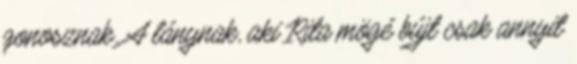
gonosznak. A lánynak, aki Rita mögé bújt csak annyit